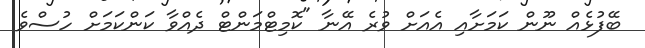
ބޭފުޅެއް ނޫން ކަމަށާއި އެއަށް ވުރެ އޭނާ "ކޮމިޓްމަންޓް ދެއްވާ ކަންކަމަށް ހުސްވެ